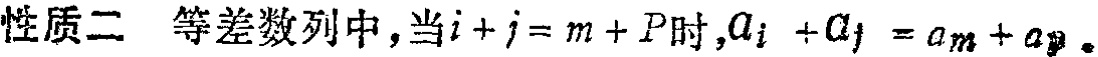
性质二 等差数列中，当\(i + j = m + p\)时，\(a_{i} + a_{j} = a_{m} + a_{p}\)。